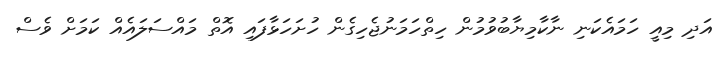
އަދި މިއީ ހަމައެކަނި ނާކާމިޔާބުވުމުން ހިތްހަމަނުޖެހިގެން ހުށަހަޅާފައި އޮތް މައްސަލައެއް ކަމަށް ވެސް